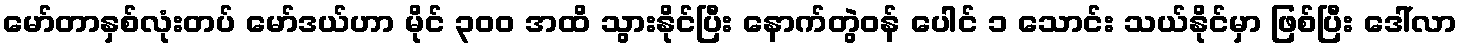
မော်တာနှစ်လုံးတပ် မော်ဒယ်ဟာ မိုင် ၃၀၀ အထိ သွားနိုင်ပြီး နောက်တွဲဝန် ပေါင် ၁ သောင်း သယ်နိုင်မှာ ဖြစ်ပြီး ဒေါ်လာ